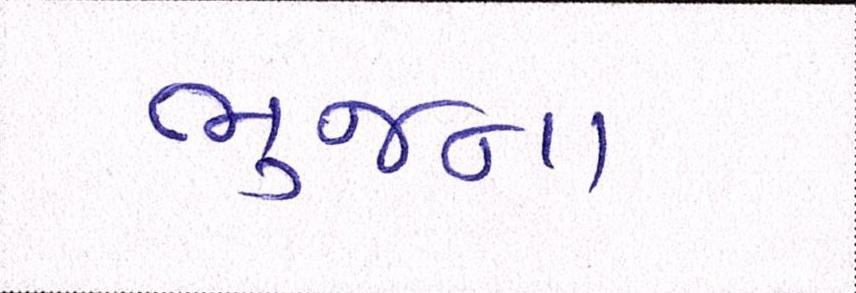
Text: ભુજના